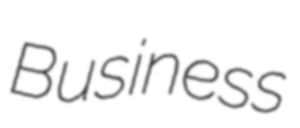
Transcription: Business